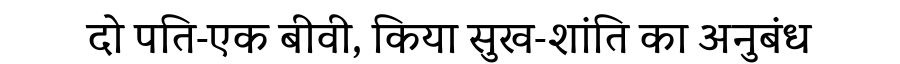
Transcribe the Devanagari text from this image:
दो पति-एक बीवी, किया सुख-शांति का अनुबंध